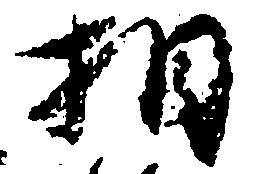
相